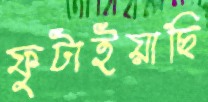
ফুটাইয়াছি